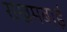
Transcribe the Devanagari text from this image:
राखमबाई